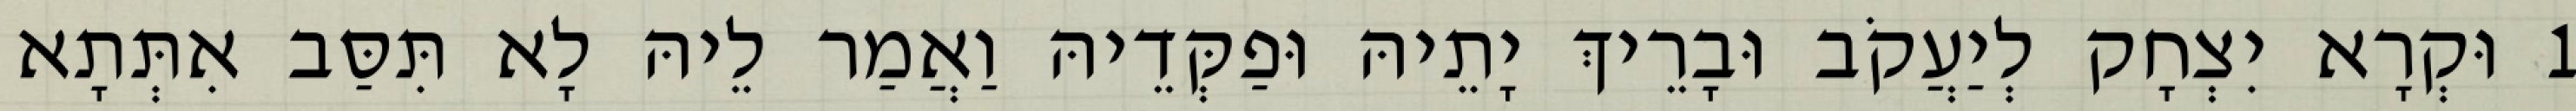
1 וּקְרָא יִצְחָק לְיַעֲקֹב וּבָרֵיךְ יָתֵיהּ וּפַקְּדֵיהּ וַאֲמַר לֵיהּ לָא תִּסַּב אִתְּתָא